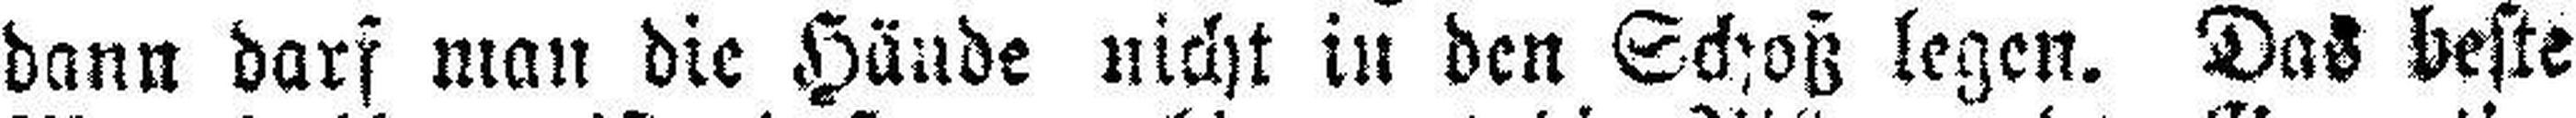
dann darf man die Hände nicht in den Schoß legen. Das beste